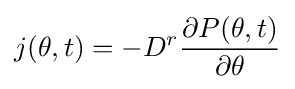
j(\theta ,t)=-D^{r}{\partial P(\theta ,t) \over \partial \theta }